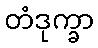
တံဒုက္ခာ